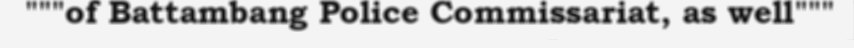
"""of Battambang Police Commissariat, as well"""